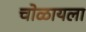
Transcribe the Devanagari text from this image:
चोळायला